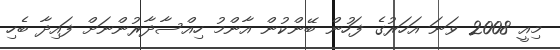
މިއީ 2008 ވަނަ އަހަރުގެ ފަހުން ބޭންކުން އާންމު ހިއްސާދާރުންނަށް ފައިދާ ބެހި